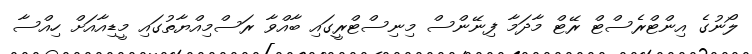
ލޯނުގެ އިންޓްރެސްޓް ރޭޓް މާދަމާ ފިނޭންސް މިނިސްޓްރީގައި ބާއްވާ ރަސްމިއްޔާތުގައި މީޑިއާއަށް ހިއްސާ